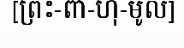
[ព្រះ-ពា-ហ៊ុ-មូល]